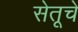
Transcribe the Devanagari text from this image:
सेतूचे